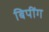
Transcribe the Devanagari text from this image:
बिपींग